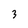
Character: 3